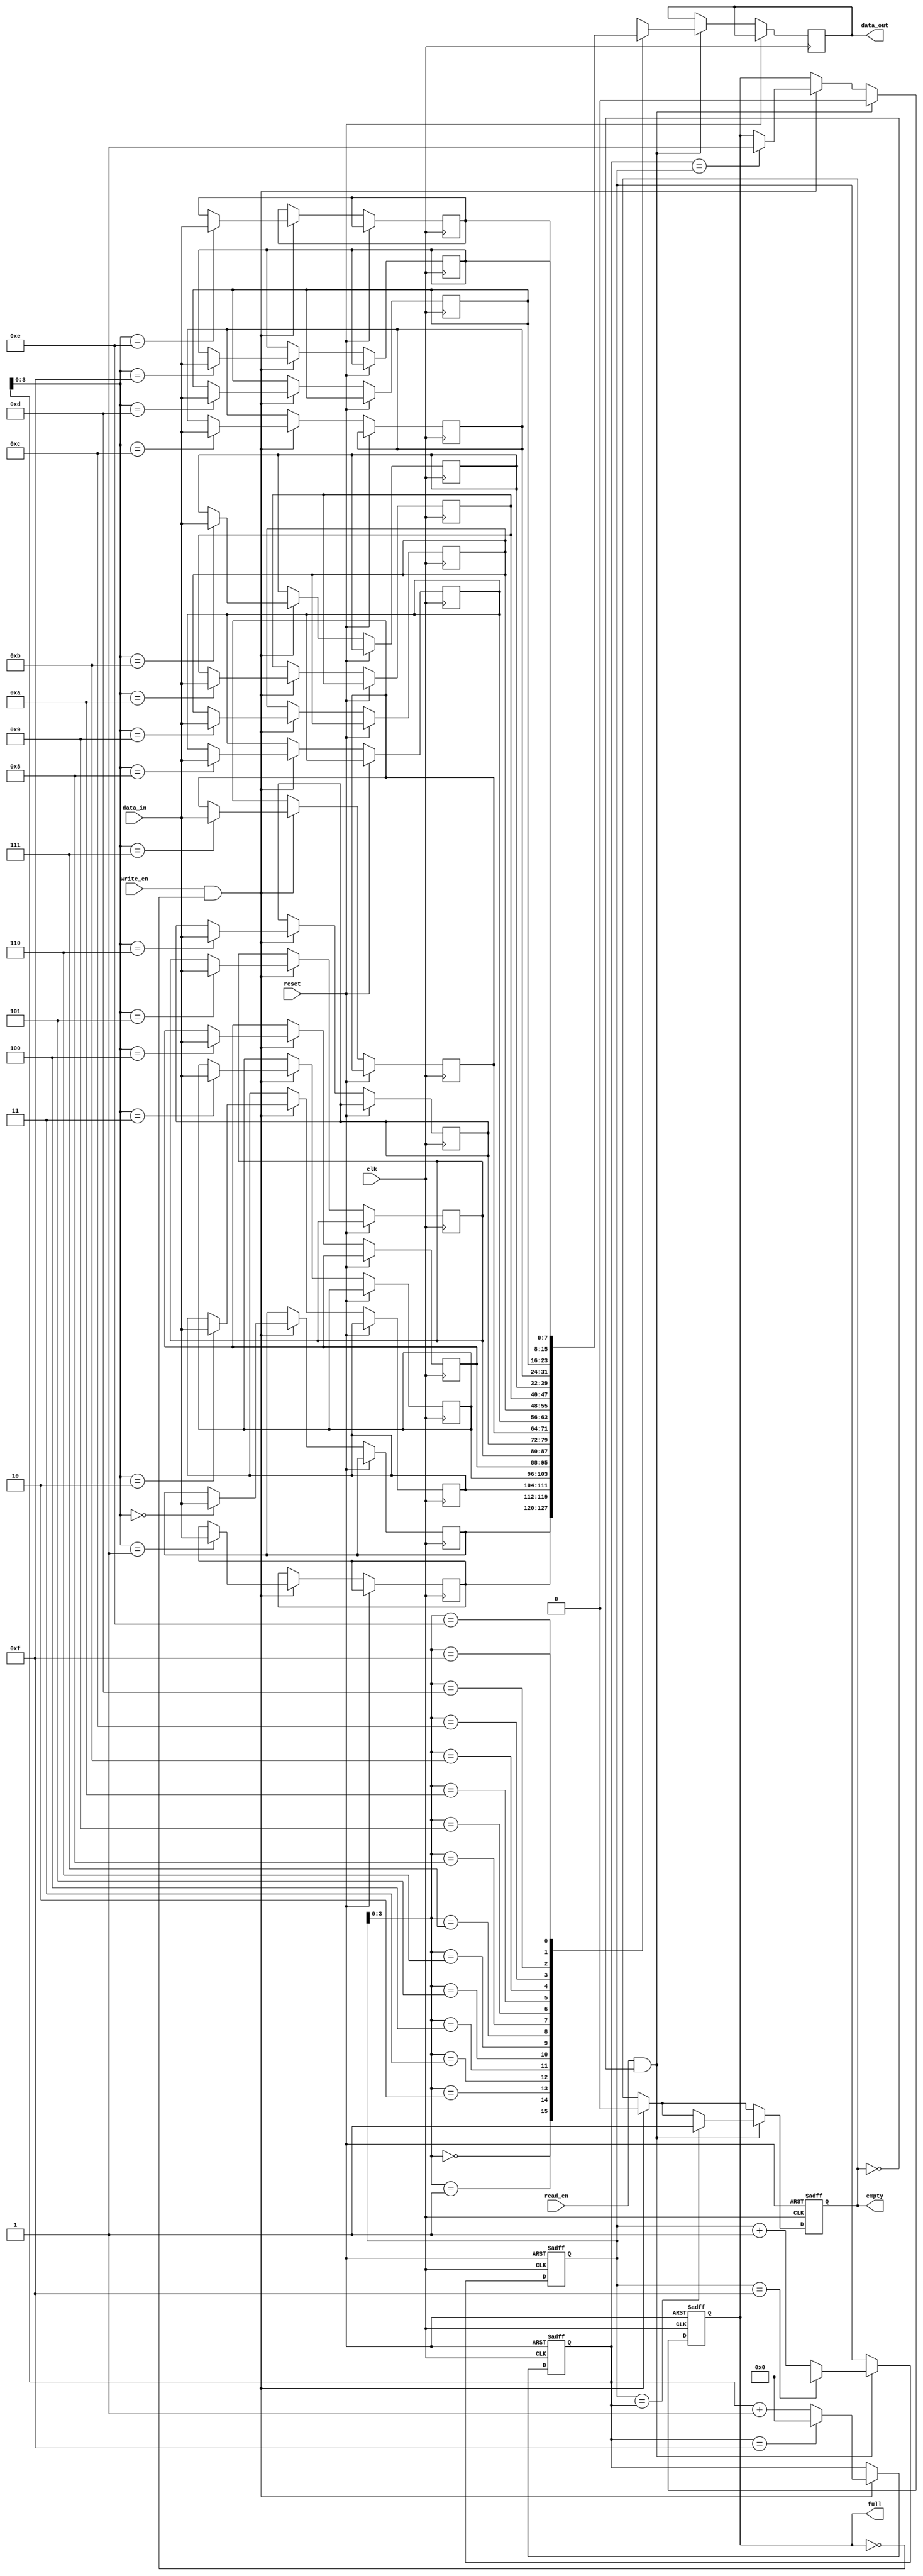
module parametrizable_fifo
  #(parameter WIDTH = 8, DEPTH = 16)
  (
    input wire clk,
    input wire reset,
    input wire write_en,
    input wire read_en,
    input wire [WIDTH-1:0] data_in,
    output reg [WIDTH-1:0] data_out,
    output reg full,
    output reg empty
  );

  reg [WIDTH-1:0] memory [DEPTH-1:0];
  reg [DEPTH-1:0] read_ptr, write_ptr;

  always @(posedge clk or posedge reset) begin
    if (reset) begin
      read_ptr <= 0;
      write_ptr <= 0;
      full <= 0;
      empty <= 1;
    end else begin
      if (write_en && !full) begin
        memory[write_ptr] <= data_in;
        write_ptr <= write_ptr + 1;
        if (write_ptr == DEPTH-1)
          write_ptr <= 0;
        if (write_ptr == read_ptr)
          full <= 1;
        empty <= 0;
      end
      if (read_en && !empty) begin
        data_out <= memory[read_ptr];
        read_ptr <= read_ptr + 1;
        if (read_ptr == DEPTH-1)
          read_ptr <= 0;
        if (read_ptr == write_ptr)
          empty <= 1;
        full <= 0;
      end
    end
  end

endmodule